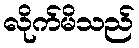
လိုက်မိသည်